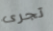
تجرى